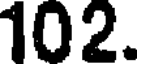
102.